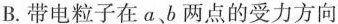
B.带电粒子在a、b两点的受力方向